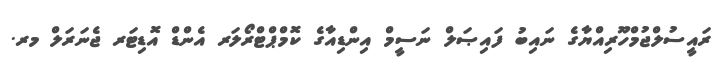
ރައީސުލްޖުމްހޫރިއްޔާގެ ނައިބު ފައިޞަލް ނަސީމް އިންޑިއާގެ ކޮމްޕްޓްރޯލަރ އެންޑް އޮޑިޓަރ ޖެނަރަލް މރ.